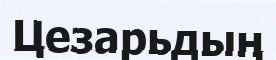
Цезарьдың